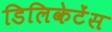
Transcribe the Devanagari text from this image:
डिलिकेटेंस